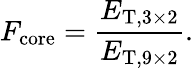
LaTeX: F_{\mathrm{core}}=\frac{E_{\mathrm{T},3\times 2}}{E_{\mathrm{T},9\times 2}}.